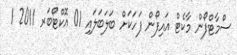
ސްމާޓްފޯން މާކެޓް އައިފޯން ފަހަކަށް ބަލަބަލައި 01 އޮކްޓޯބަރ 2011 1